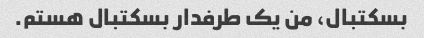
بسکتبال، من یک طرفدار بسکتبال هستم.